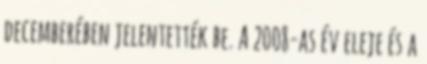
decemberében jelentették be. A 2008-as év eleje és a